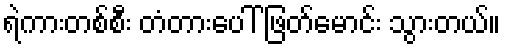
ရဲကားတစ်စီး တံတားပေါ် ဖြတ်မောင်း သွားတယ်။